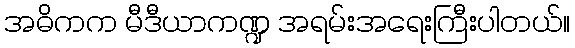
အဓိကက မီဒီယာကဏ္ဍ အရမ်းအရေးကြီးပါတယ်။